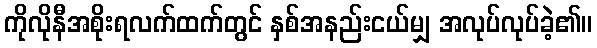
ကိုလိုနီအစိုးရလက်ထက်တွင် နှစ်အနည်းငယ်မျှ အလုပ်လုပ်ခဲ့၏။